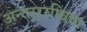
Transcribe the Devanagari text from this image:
अन्तर्‍र्रष्त्रिया